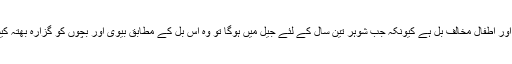
یہ بل خاتون اور اطفال مخالف بل ہے کیونکہ جب شوہر تین سال کے لئے جیل میں ہوگا تو وہ اس بل کے مطابق بیوی اور بچوں کو گزارہ بھتہ کیسے دے گا؟